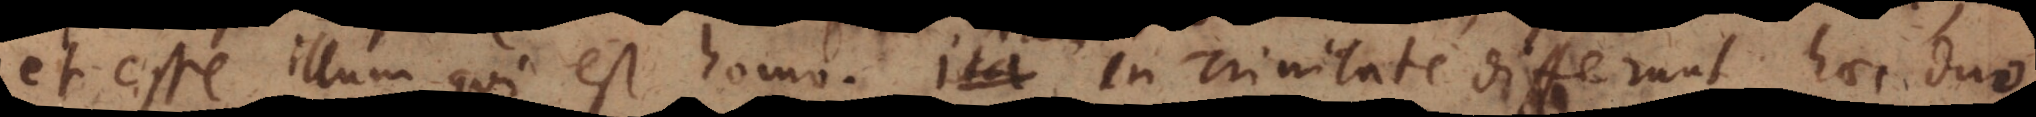
et esse illum qui est homo. Nam in Trinitate differunt haec duo